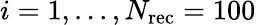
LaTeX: i=1,...,N_{\mathrm{rec}}=100